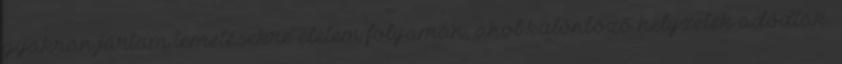
gyakran jártam temetésekre életem folyamán, ahol különböző helyzetek adódtak.